Problem: 14 + 4 = ?
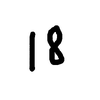
Handwritten answer: 18